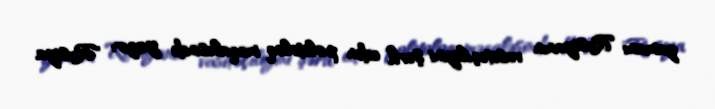
zamanı Rusiyanın vasitəçiliyini şərh edən politoloq məqaləsində yazır: "Rusiya